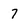
Character: 7